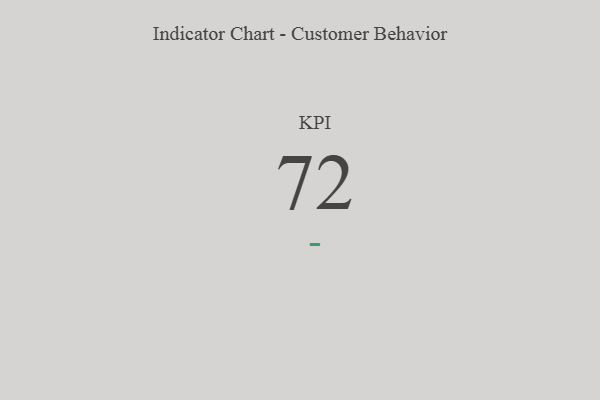
{"axis": {"x": "KPI", "y": "Value"}, "legend": [""], "data": [{"x": "KPI", "y": 72, "type": ""}]}